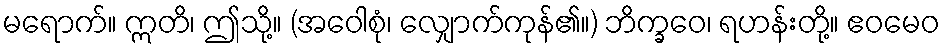
မရောက်။ ဣတိ၊ ဤသို့။ (အဝေါစုံ၊ လျှောက်ကုန်၏။) ဘိက္ခဝေ၊ ရဟန်းတို့။ ဧဝမေဝ